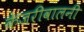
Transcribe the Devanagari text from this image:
केजरीवालनी